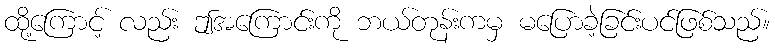
ထို့ကြောင့် လည်း ဤအကြောင်းကို ဘယ်တုန်းကမှ မပြောခဲ့ခြင်းပင်ဖြစ်သည်။